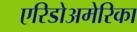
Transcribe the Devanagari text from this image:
एरिडोअमेरिका